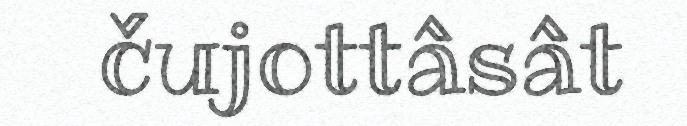
čujottâsât